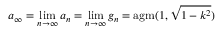
a _ { \infty } = \operatorname* { l i m } _ { n \to \infty } a _ { n } = \operatorname* { l i m } _ { n \to \infty } g _ { n } = \operatorname { a g m } ( 1 , { \sqrt { 1 - k ^ { 2 } } } )